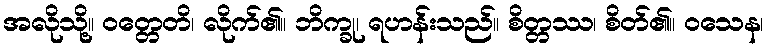
အလိုသို့။ ဝတ္တေတိ၊ လိုက်၏။ ဘိက္ခု၊ ရဟန်းသည်။ စိတ္တဿ၊ စိတ်၏။ ဝသေန၊